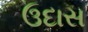
ઉદાસ